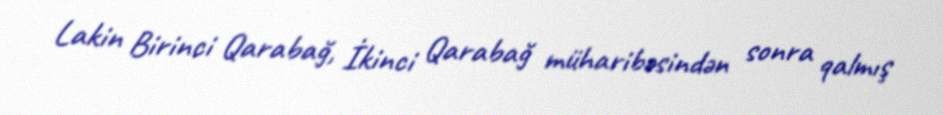
Lakin Birinci Qarabağ, İkinci Qarabağ müharibəsindən sonra qalmış